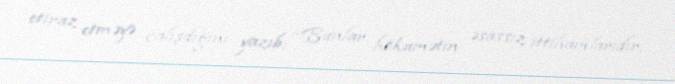
etiraz etməyə çalışdığını yazıb: “Bunlar hökumətin əsassız ittihamlarıdır.